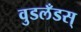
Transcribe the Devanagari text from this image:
वुडलँडस्